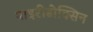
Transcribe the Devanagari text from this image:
पाइरीडोक्सिन